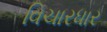
વિચારધાર